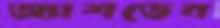
অ্যাশডেন